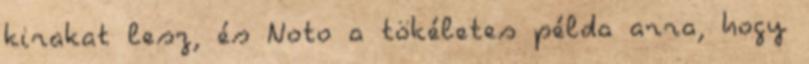
kirakat lesz, és Noto a tökéletes példa arra, hogy